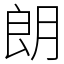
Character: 朗